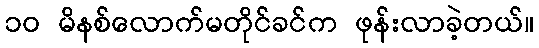
၁၀ မိနစ်လောက်မတိုင်ခင်က ဖုန်းလာခဲ့တယ်။